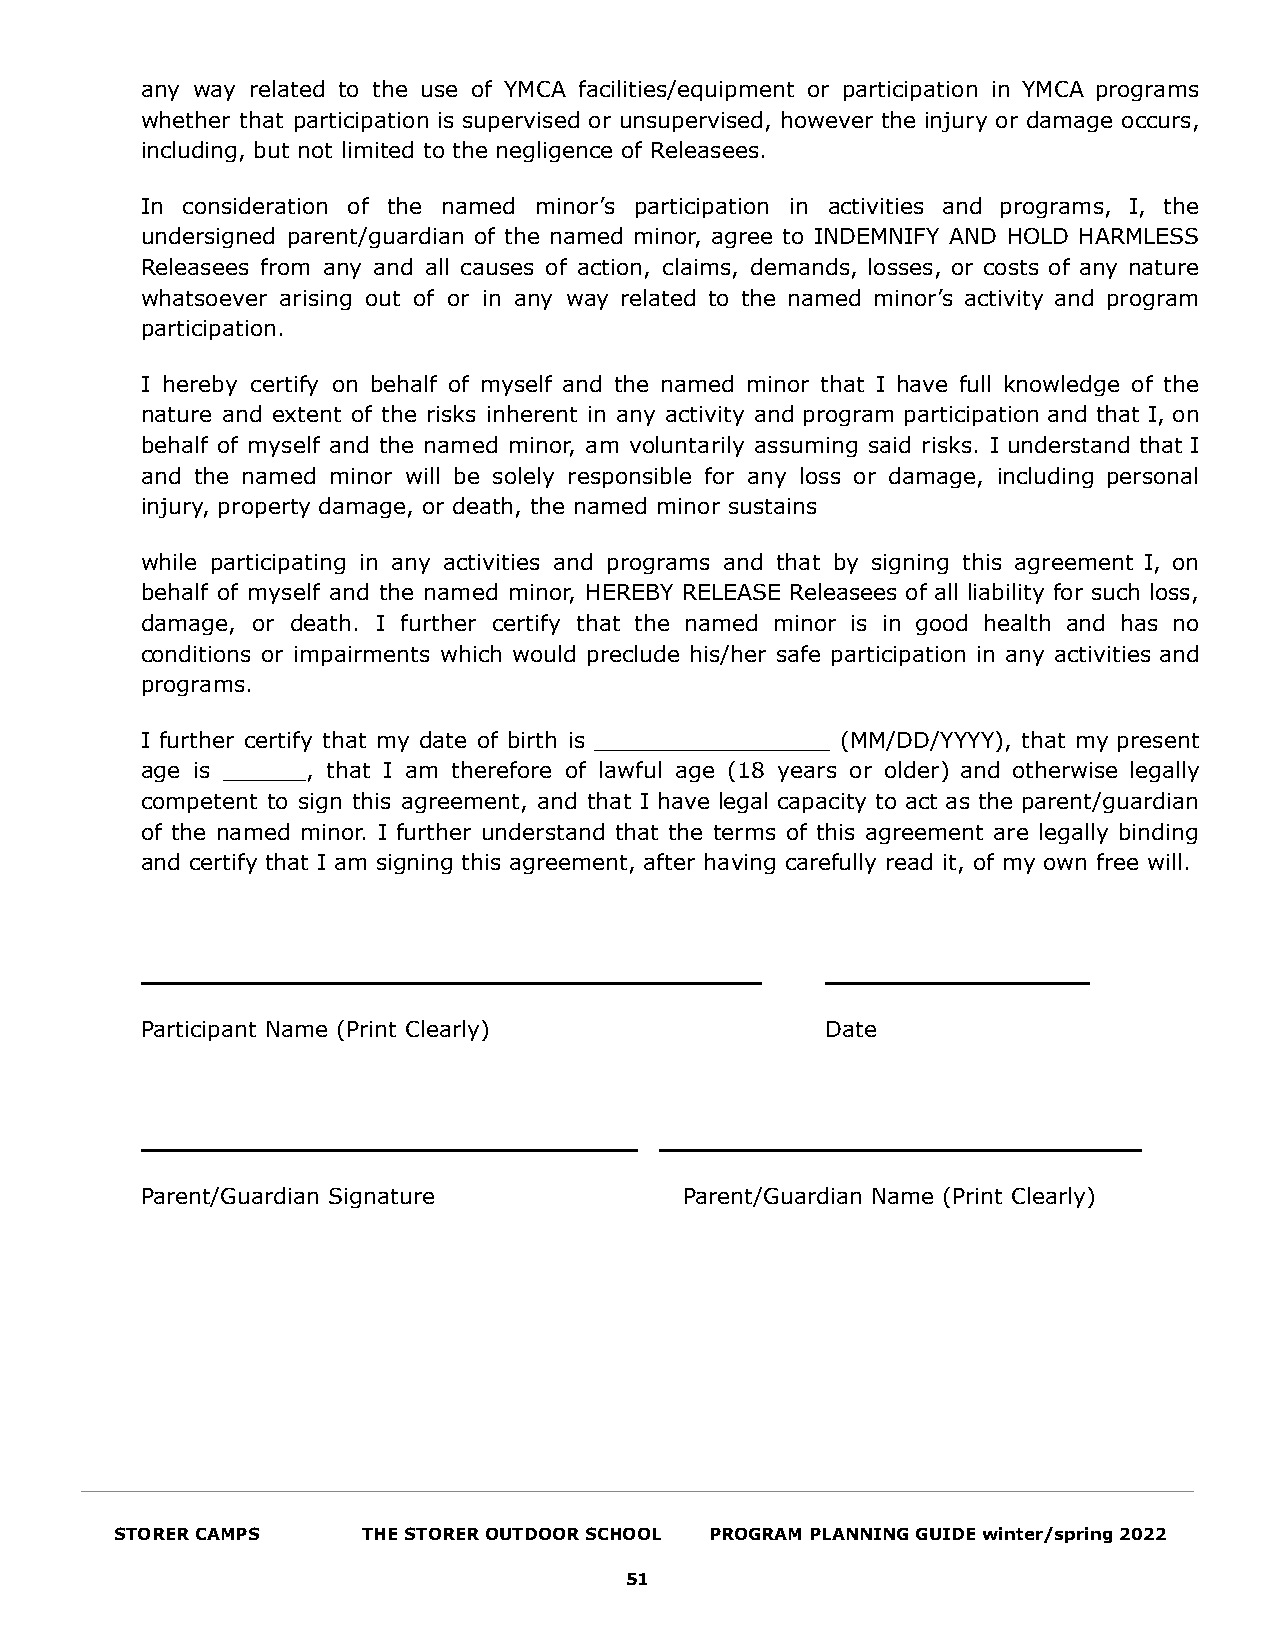
any way related to the use of YMCA facilities/equipment or participation in YMCA programs
 whether that participation is supervised or unsupervised, however the injury or damage occurs,
 including, but not limited to the negligence of Releasees.
 In consideration of the named minor’s participation in activities and programs, I, the
 undersigned parent/guardian of the named minor, agree to INDEMNIFY AND HOLD HARMLESS
 Releasees from any and all causes of action, claims, demands, losses, or costs of any nature
 whatsoever arising out of or in any way related to the named minor’s activity and program
 participation.
 I hereby certify on behalf of myself and the named minor that I have full knowledge of the
 nature and extent of the risks inherent in any activity and program participation and that I, on
 behalf of myself and the named minor, am voluntarily assuming said risks. I understand that I
 and the named minor will be solely responsible for any loss or damage, including personal
 injury, property damage, or death, the named minor sustains
 while participating in any activities and programs and that by signing this agreement I, on
 behalf of myself and the named minor, HEREBY RELEASE Releasees of all liability for such loss,
 damage, or death. I further certify that the named minor is in good health and has no
 conditions or impairments which would preclude his/her safe participation in any activities and
 programs.
 I further certify that my date of birth is _________________ (MM/DD/YYYY), that my present
 age is ______, that I am therefore of lawful age (18 years or older) and otherwise legally
 competent to sign this agreement, and that I have legal capacity to act as the parent/guardian
 of the named minor. I further understand that the terms of this agreement are legally binding
 and certify that I am signing this agreement, after having carefully read it, of my own free will.
 ________________________________________      _________________
 Participant Name (Print Clearly)              Date
 ________________________________   _______________________________
 Parent/Guardian Signature           Parent/Guardian Name (Print Clearly)
 STORER CAMPS    THE STORER OUTDOOR SCHOOL PROGRAM PLANNING GUIDE winter/spring 2022
 51